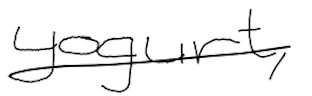
Text: yogurt,
Cross-out: single-line
Writing tool: digital_black